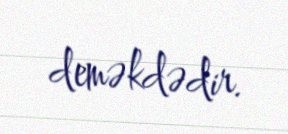
deməkdədir.